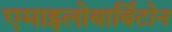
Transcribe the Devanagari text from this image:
एमाइलोबार्बिटोन